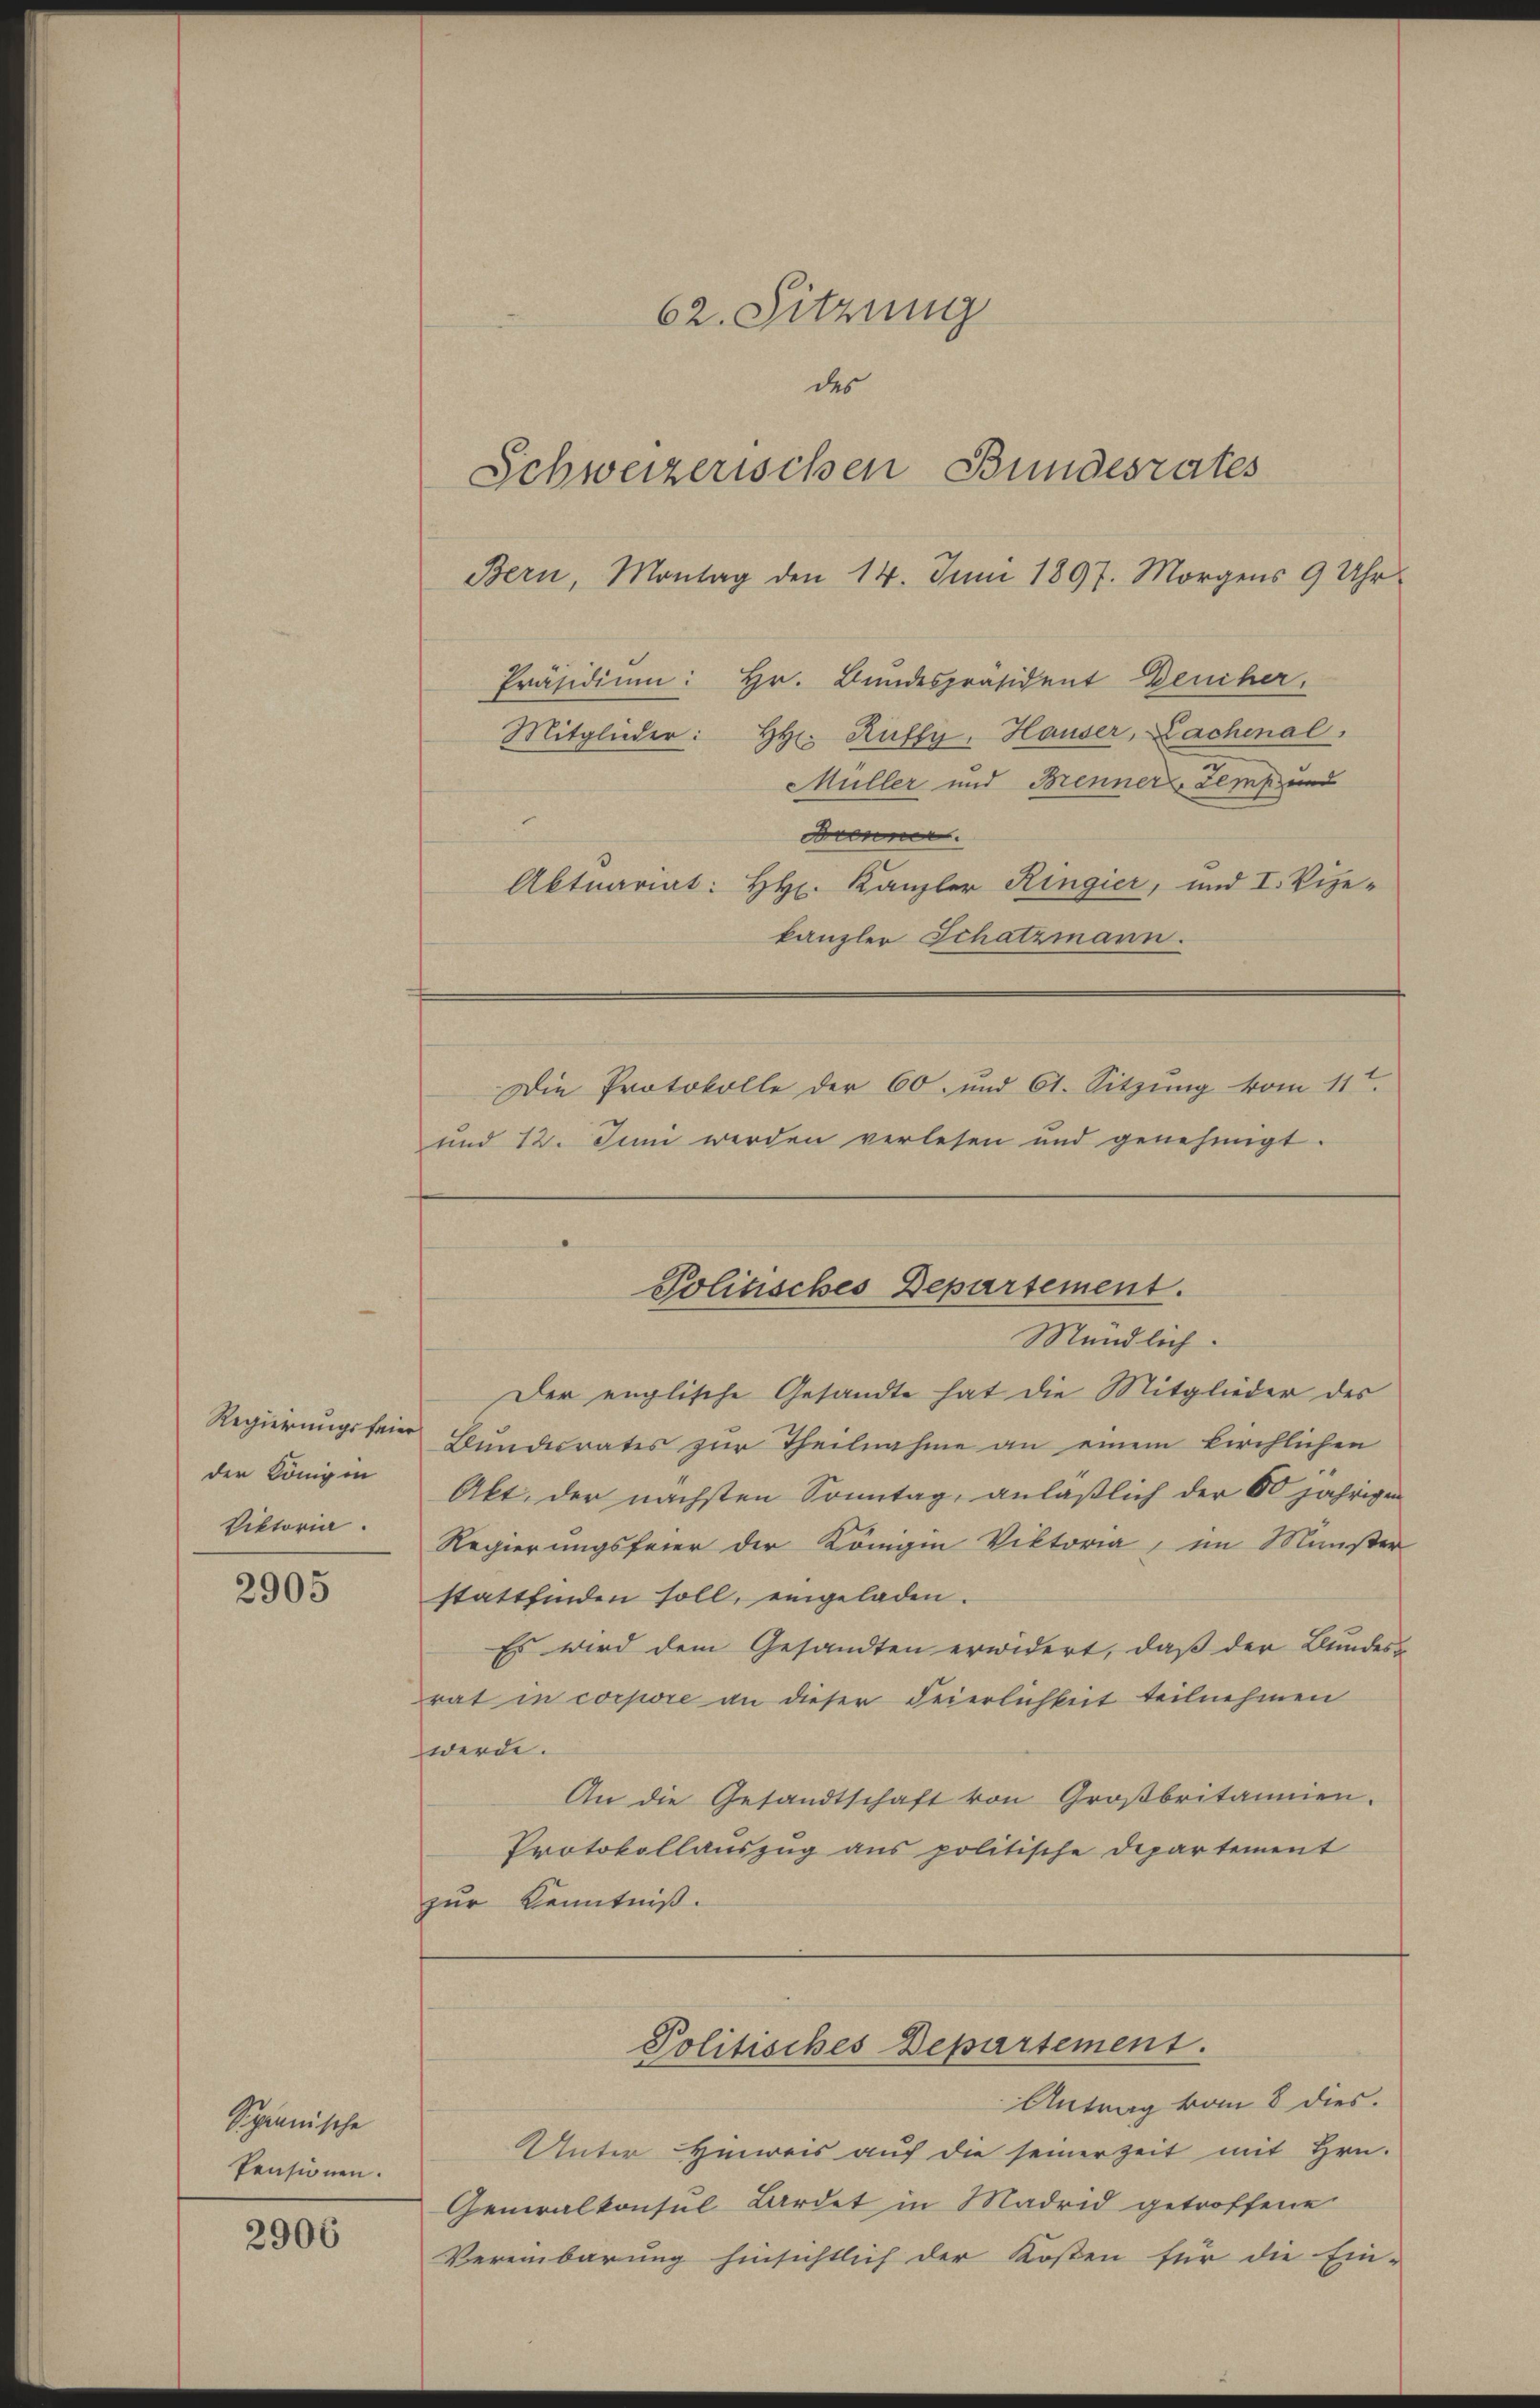
der Königin
Viktoria.

2905

Sipännische
Pensionen.

2906

Mündlich.
Der englische Gesandte hat die Mitglieder des
Regierungsfein Bundesrates zur Theilnahme an einem kirchlichen
Akt. der nächsten Sonntag, anläßlich der 60 jährigen
Regierungsfeier der Königin Viktoria, im Minister
stattfinden soll, eingeladen.
Es wird dem Gesandten erwidert, daß der Bundes-
rat in corpore an dieser Feierlichkeit teilnehmen
werde.
An die Gesandtschaft von Großbritannien.
Protokollauszug aus politische Departement
zur Kenntniß.

62. Sitzung
des
Schweizerischen Bundesrates

Bern, Montag den 14. Juni 1897. Morgens 9 Uhr
Präsidium: Hr. Bundespräsident Deucher.
Mitglieder: Hr. Ruffy, Hauser, Lachenal,
Müller und Brenner-Zemp und
Brenner
Aktuariat: Hr. Kanzler Ringier, und I. Vize-
kanzler Schatzmann.
Die Protokolle der 60. und 61. Sitzung vom 11t.
und 12. Juni werden verlesen und genehmigt.

Politisches Departement.

Politisches Departement.

Antrag vom 8 dies.
Unter Hinweis auf die seiner Zeit mit Hrn.
Generalkonsul Lardet in Madrid getroffene
Vereinbarung hinsichtlich der Kosten für die Ein-